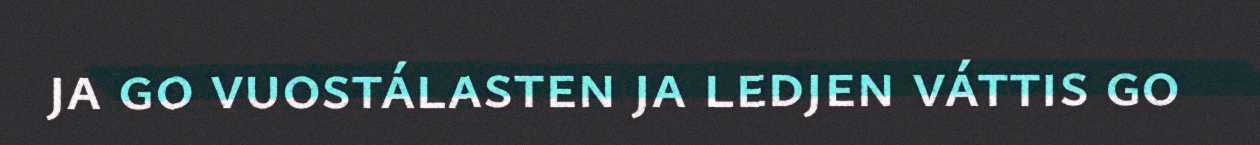
ja go vuostálasten ja ledjen váttis go